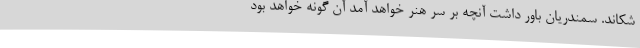
شکاند. سمندریان باور داشت آنچه بر سر هنر خواهد آمد آن گونه خواهد بود